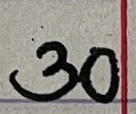
30